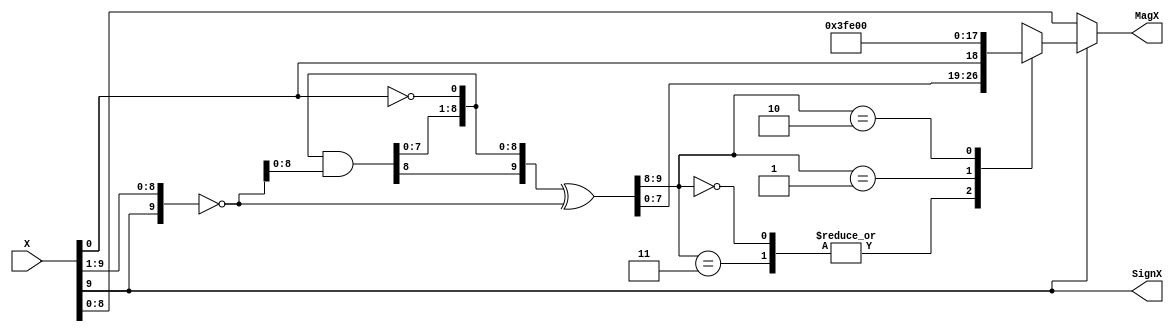
`timescale 1ns / 1ps
//////////////////////////////////////////////////////////////////////////////////
// Company: 
// Engineer: 
// 
// Design Name: 
// Module Name: absW
// Project Name: 
// Target Devices: 
// Tool Versions: 
// Description: 
// 
// Dependencies: 
// 
// Revision:
// Revision 0.01 - File Created
// Additional Comments:
// 
//////////////////////////////////////////////////////////////////////////////////


module absW(SignX, MagX, X);
parameter W = 10;
output SignX;
output [W-2:0] MagX;
input [W-1:0] X;

wire [W:0] a,y,c;
reg [W-1:0] negX;
//assign a = {1'b0,Xmag};
assign a = {X[W-1],X};

//y=-a logic: y = (~a) + {{W{1'b0}},1'b1};
assign y[0] = a[0];
assign c[0] = ~a[0];

assign c[W:1] = c[W-1:0]&(~a[W:1]);
assign y[W:1] = c[W-1:0]^(~a[W:1]);

//truncation for negX:
always@(y)
begin
  case({y[W:W-1]})
    2'b00,2'b11: negX = y[W-1:0]; 
    2'b01: negX = {1'b0,{(W-1){1'b1}}};
    2'b10: negX = {1'b1,{(W-1){1'b0}}};
  endcase
end

assign MagX = X[W-1] ? negX[W-2:0] : X[W-2:0];
assign SignX = X[W-1];

endmodule